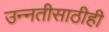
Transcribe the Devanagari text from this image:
उन्नतीसाठीही